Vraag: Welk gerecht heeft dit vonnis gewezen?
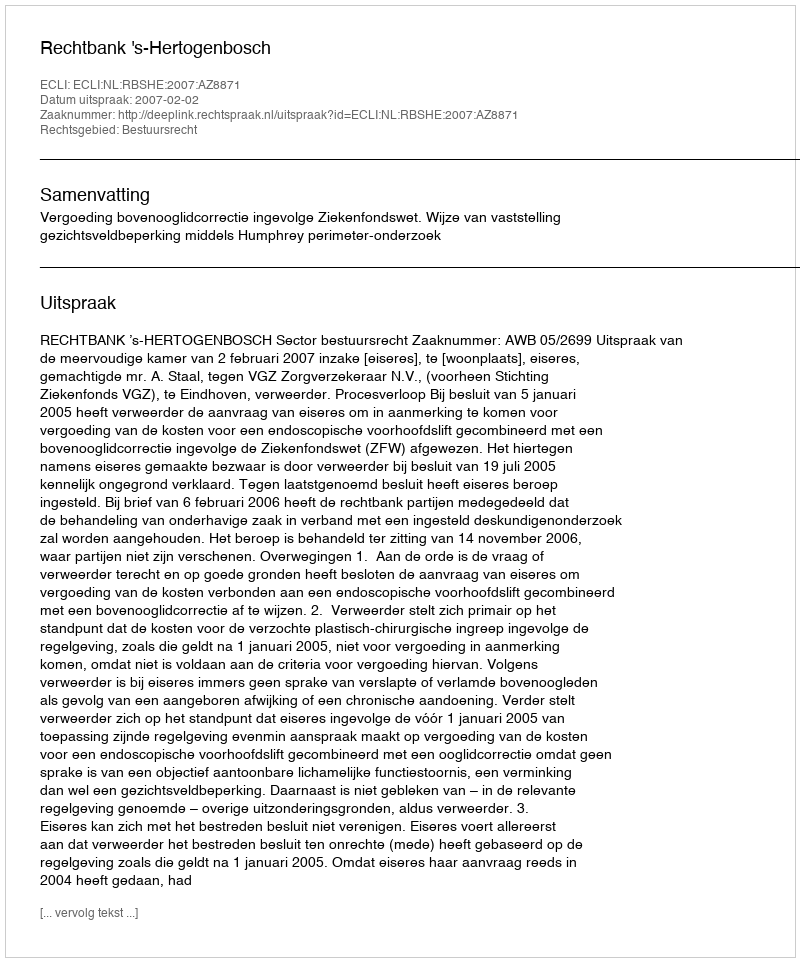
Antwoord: Rechtbank 's-Hertogenbosch